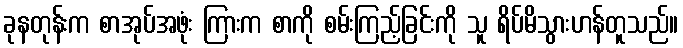
ခုနတုန်းက စာအုပ်အဖုံး ကြားက စာကို စမ်းကြည့်ခြင်းကို သူ ရိပ်မိသွားဟန်တူသည်။